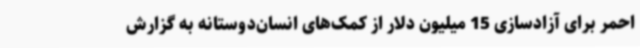
احمر برای آزادسازی 15 میلیون دلار از کمک‌های انسان‌دوستانه به گزارش